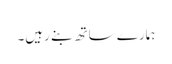
ہمارے ساتھ بنے رہیں۔